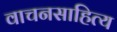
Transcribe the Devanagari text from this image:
वाचनसाहित्य